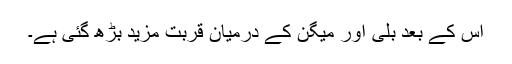
اس کے بعد بلی اور میگن کے درمیان قربت مزید بڑھ گئی ہے۔